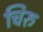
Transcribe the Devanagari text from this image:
चिरु